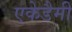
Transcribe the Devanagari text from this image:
एकेडैमी